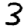
Digit: 3